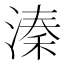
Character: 溱